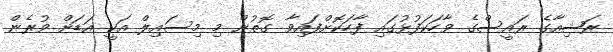
ރަޝިއާގެ ރައީސްގެ ވާހަކަފުޅުގައި ފާހަކޮށްފައިވާ ގޮތުން މި މިސައިލް އަކީ އަޑަށް ވުރެން